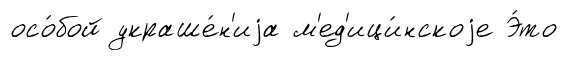
осо́бой украше́н'иjа м'ед'ици́нскоjе Э́то